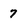
Character: 7